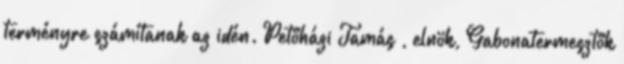
terményre számítanak az idén. Petőházi Tamás , elnök, Gabonatermesztők